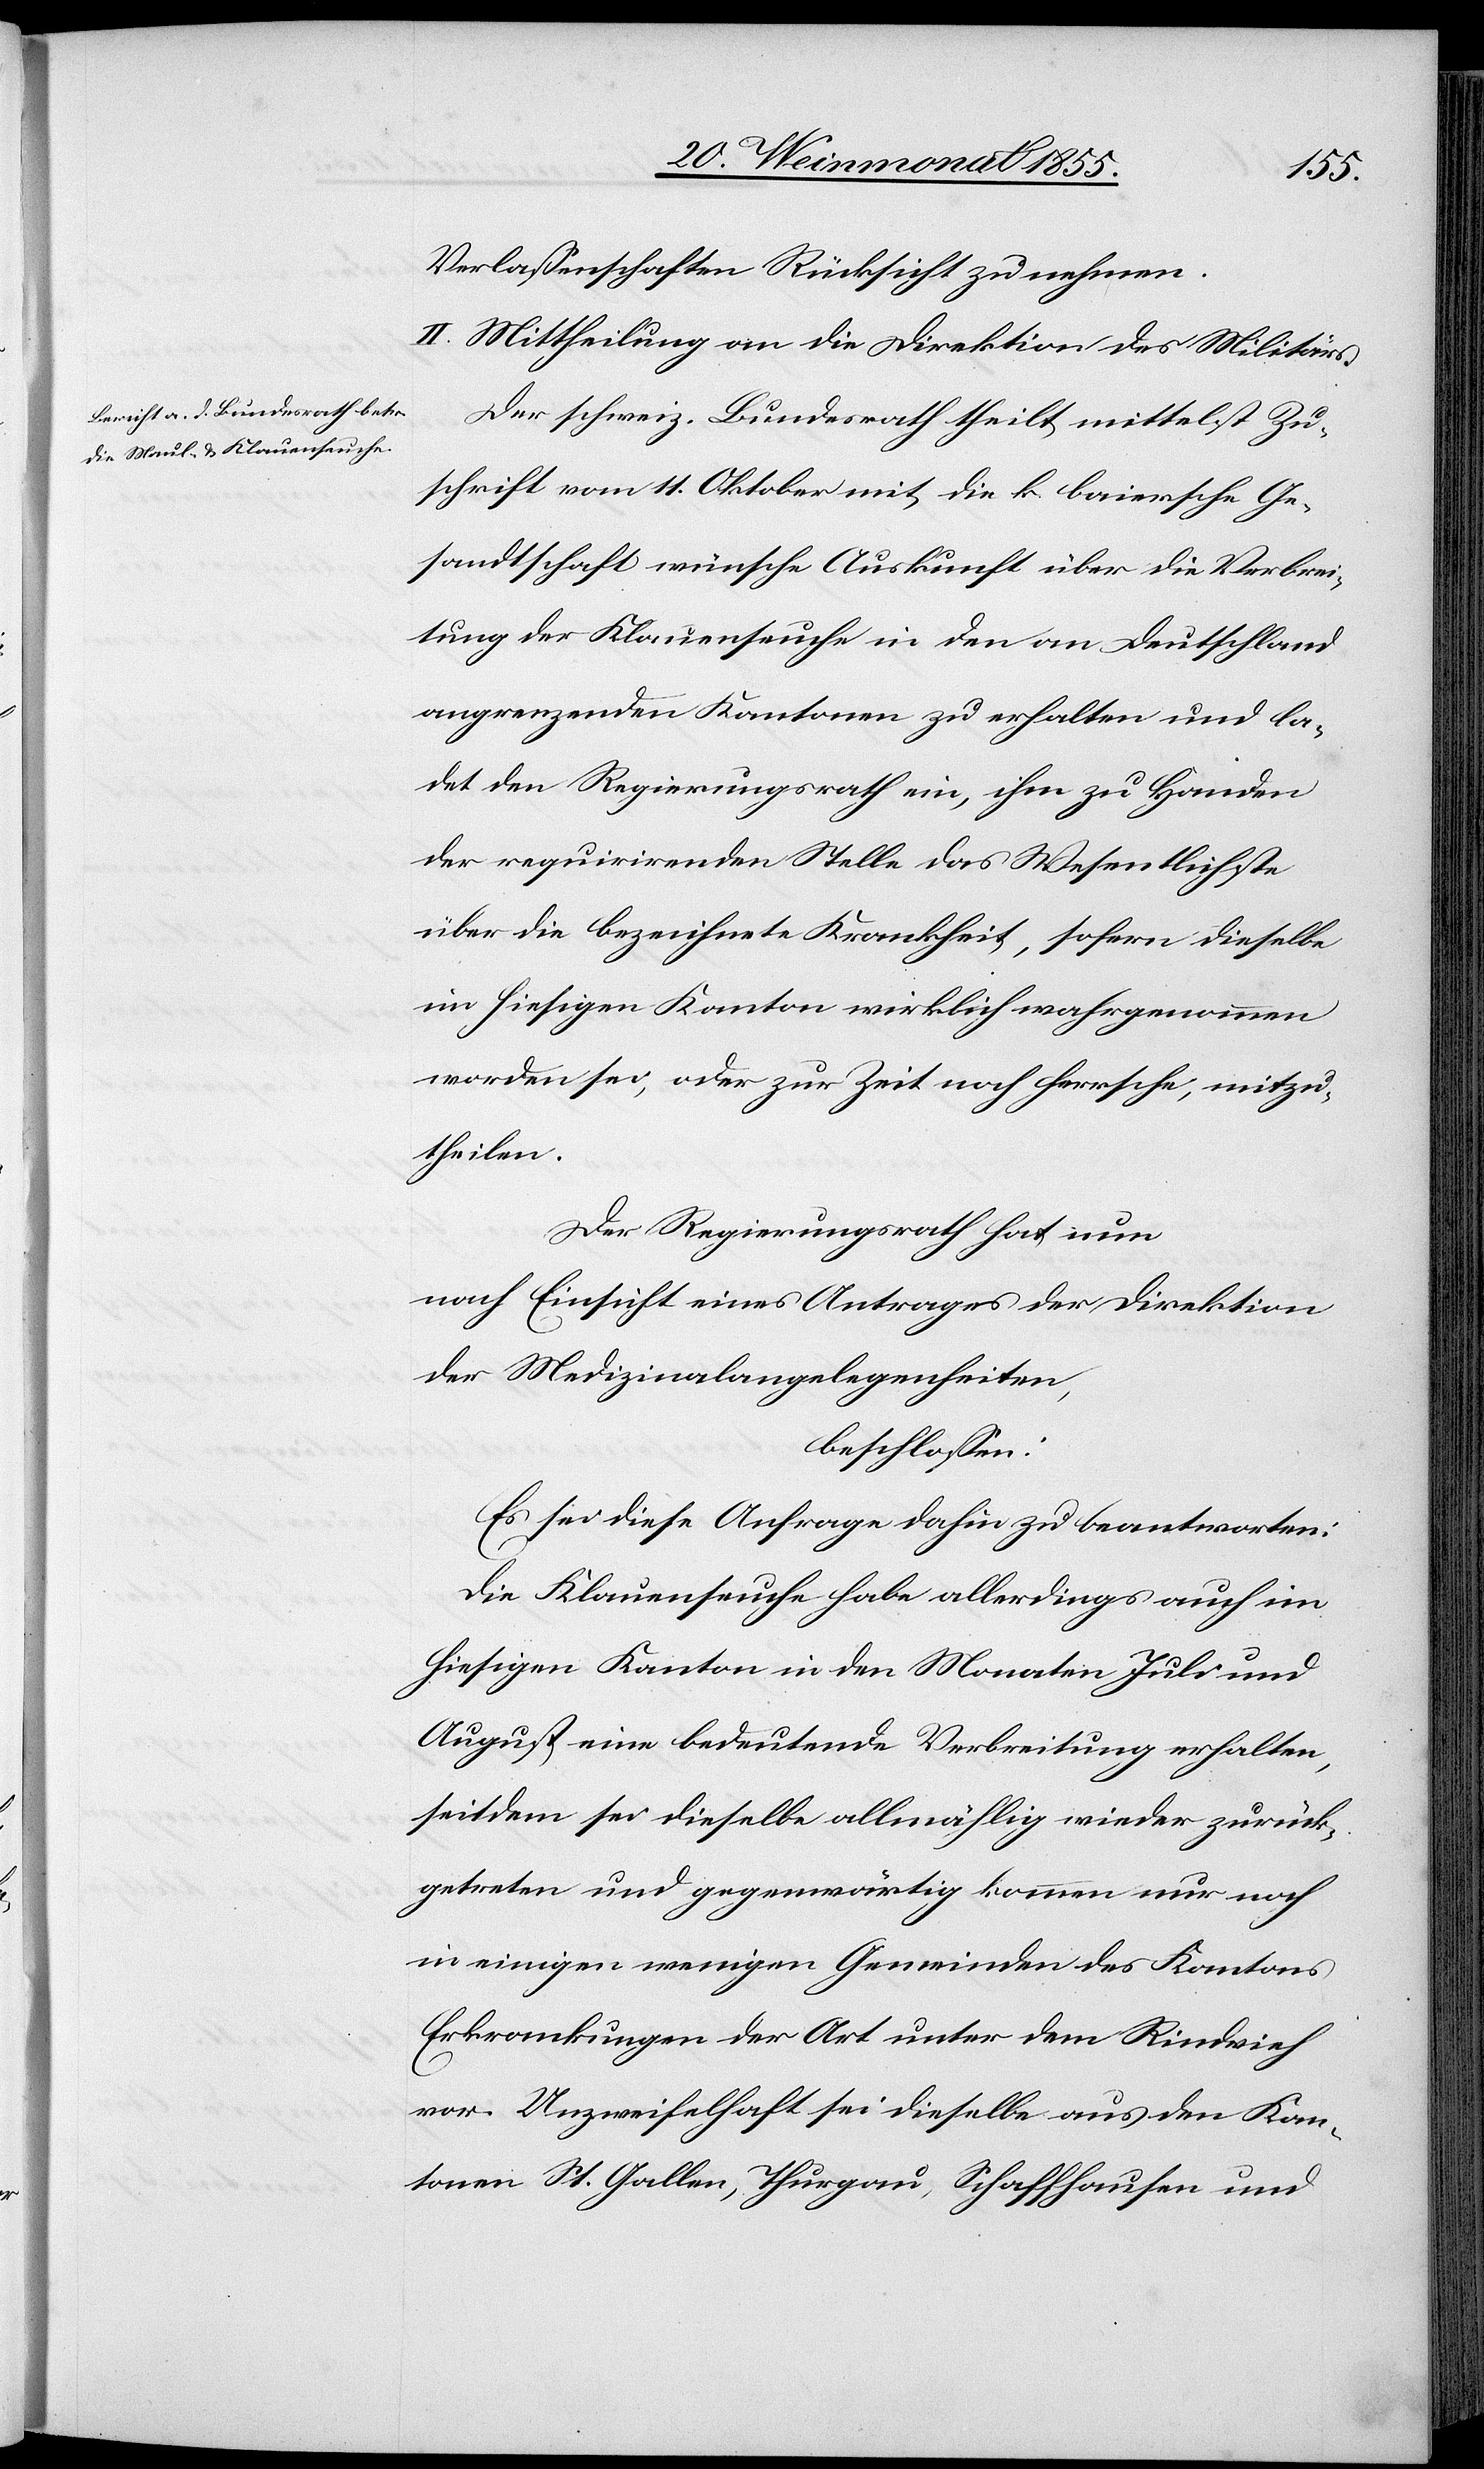
Verlassenschaften Rücksicht zu nehmen.
II. Mittheilung an die Direktion des Militärs.
Der schweiz. Bundesrath theilt mittelst Zu¬
schrift vom 11. Oktober mit, die k baiersche Ge¬
sandtschaft wünsche Auskunft über die Verbrei¬
tung der Klauenseuche in den an Deutschland
angrenzenden Kantonen zu erhalten und la¬
det den Regierungsrath ein, ihm zu Handen
der requirirenden Stelle das Wesentlichste
über die bezeichnete Krankheit, sofern dieselbe
im hiesigen Kanton wirklich wahrgenommen
worden sei, oder zur Zeit noch herrsche, mitzu¬
theilen.
Der Regierungsrath hat nun
nach Einsicht eines Antrages der Direktion
der Medizinalangelegenheiten,
beschlossen:
Es sei diese Anfrage dahin zu beantworten:
Die Klauenseuche habe allerdings auch im
hiesigen Kanton in den Monaten Juli und
August eine bedeutende Verbreitung erhalten,
seitdem sei dieselbe allmählig wieder zurück¬
getreten und gegenwärtig kommen nur noch
in einigen wenigen Gemeinden des Kantons
Erkrankungen der Art unter dem Rindvieh
vor. Unzweifelhaft sei dieselbe aus den Kan¬
tonen St. Gallen, Thurgau, Schaffhausen und